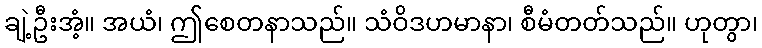
ချဲ့ဦးအံ့။ အယံ၊ ဤစေတနာသည်။ သံဝိဒဟမာနာ၊ စီမံတတ်သည်။ ဟုတွာ၊